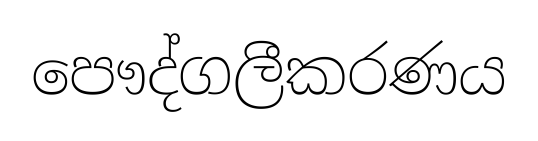
පෞද්ගලීකරණය